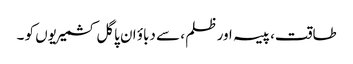
طاقت، پیسہ اور ظلم ، سے دباؤ ان پاگل کشمیریوں کو ۔